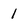
Character: 1